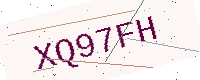
Text: XQ97FH